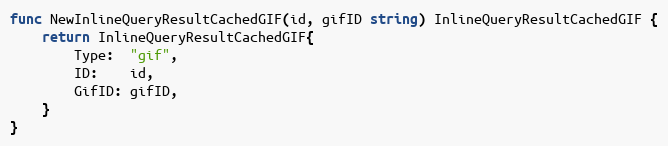
Language: Go
func NewInlineQueryResultCachedGIF(id, gifID string) InlineQueryResultCachedGIF {
	return InlineQueryResultCachedGIF{
		Type:  "gif",
		ID:    id,
		GifID: gifID,
	}
}